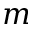
m